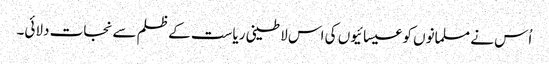
اُس نے مسلمانوں کو عیسائیوں کی اس لاطینی ریاست کے ظلم سے نجات دلائی۔